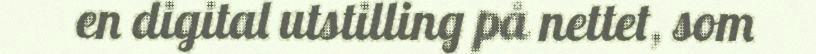
en digital utstilling på nettet, som